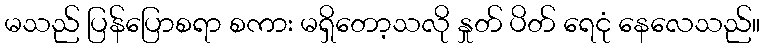
မသည် ပြန်ပြောစရာ စကား မရှိတော့သလို နှုတ် ပိတ် ရေငုံ နေလေသည်။